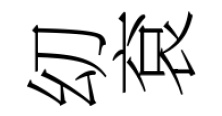
㓜袞